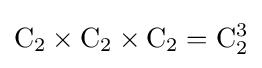
\mathrm {C} _{2}\times \mathrm {C} _{2}\times \mathrm {C} _{2}=\mathrm {C} _{2}^{3}